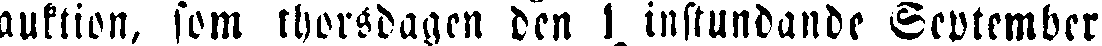
auktion, som thorsdagen den 1 instundande September